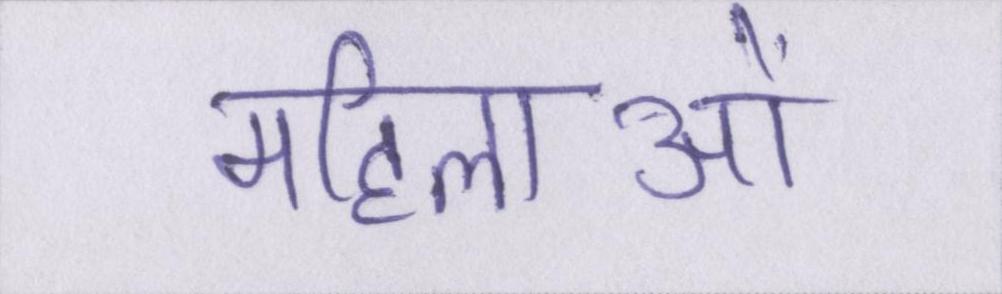
महिलाओं